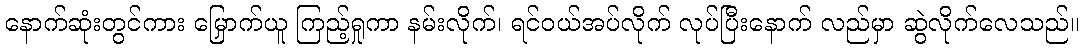
နောက်ဆုံးတွင်ကား မြှောက်ယူ ကြည့်ရှုကာ နမ်းလိုက်၊ ရင်ဝယ်အပ်လိုက် လုပ်ပြီးနောက် လည်မှာ ဆွဲလိုက်လေသည်။